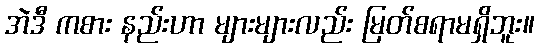
အဲဒီ ကစား နည်းဟာ များများလည်း မြတ်စရာမရှိဘူး။